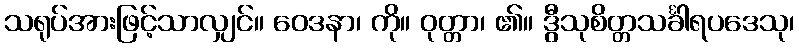
သရုပ်အားဖြင့်သာလျှင်။ ဝေဒနာ၊ ကို။ ဝုတ္တာ၊ ၏။ ဒွီသုစိတ္တသင်္ခါရပဒေသု၊